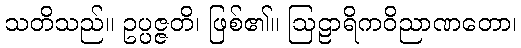
သတိသည်။ ဥပ္ပဇ္ဇတိ၊ ဖြစ်၏။ ဩဠာရိကဝိညာဏတော၊